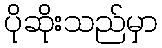
ပိုဆိုးသည်မှာ